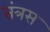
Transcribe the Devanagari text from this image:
तंत्रस